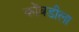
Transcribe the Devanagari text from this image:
कोंबडीला